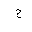
Letter: _ha